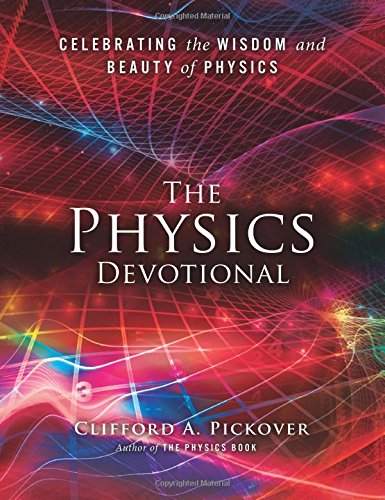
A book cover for The Physics Devotional: Celebrating the Wisdom and Beauty of Physics; Clifford A. Pickover; Science & Math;